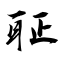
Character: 聇